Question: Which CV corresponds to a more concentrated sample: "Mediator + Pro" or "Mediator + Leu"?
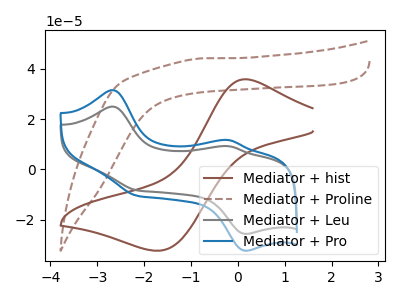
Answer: <think>The brown curve "Mediator + hist" has an anodic peak at (0.15V, 35.90uA) and a cathodic peak at (-1.65V, -32.30uA). The brown dashed curve "Mediator + Proline" has no peaks. The gray curve "Mediator + Leu" has anodic peaks at (-2.70V, 25.00uA) (-0.20V, 9.25uA) and cathodic peaks at (-2.15V, -8.30uA) (0.15V, -25.65uA). The blue curve "Mediator + Pro" has anodic peaks at (-2.70V, 31.55uA) (-0.20V, 11.70uA) and cathodic peaks at (-2.15V, -10.50uA) (0.15V, -32.35uA).
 All the peaks in "Mediator + Pro" have a peak in "Mediator + Leu" at the same potential. Every peak in "Mediator + Pro" is higher than every peak in "Mediator + Leu".</think>
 <answer>"Mediator + Pro" has more signal than "Mediator + Leu" and so likely has a higher concentration.</answer>
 <eval>more_concentration</eval>